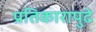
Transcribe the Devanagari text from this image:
प्रतिकारापुढे